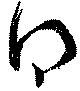
得